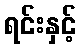
ရင်းနှင့်